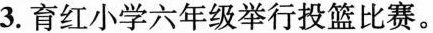
3.育红小学六年级举行投篮比赛。